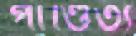
পাণ্ডিত্য